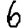
Digit: 6